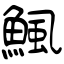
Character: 鯴